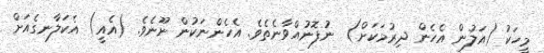
މީހަކު (އަލުން އެހެން ދިރުމަކަށް)  ނުފޮނުއްވާނެތެވެ. އެހެންނަކުން ނޫނެވެ. (އެއީ) އެކަލާނގެއަށް